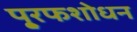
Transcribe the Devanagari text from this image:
पू्रफशोधन